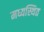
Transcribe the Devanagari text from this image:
मध्यस्थित